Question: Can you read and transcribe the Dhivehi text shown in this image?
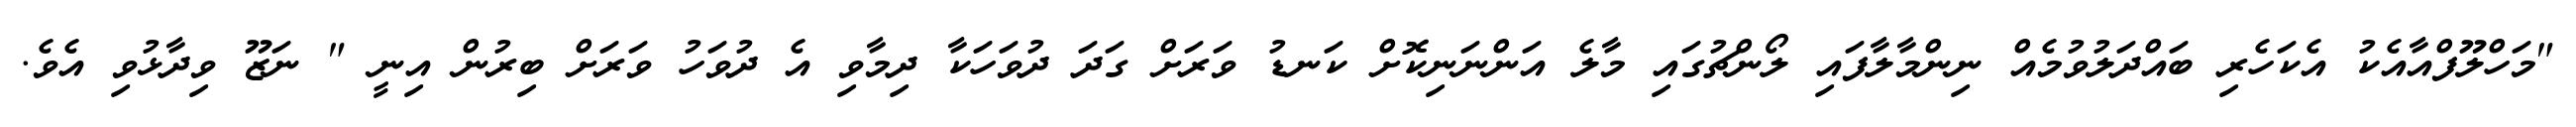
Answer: "މަހްލޫފްއާއެކު އެކަހެރި ބައްދަލުވުމެއް ނިންމާލާފައި ލޯންޗުގައި މާލެ އަންނަނިކޮށް ކަނޑު ވަރަށް ގަދަ ދުވަހަކާ ދިމާވި އެ ދުވަހު ވަރަށް ބިރުން އިނީ " ނަޒޫ ވިދާޅުވި އެވެ.